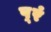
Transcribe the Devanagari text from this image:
प़्रं